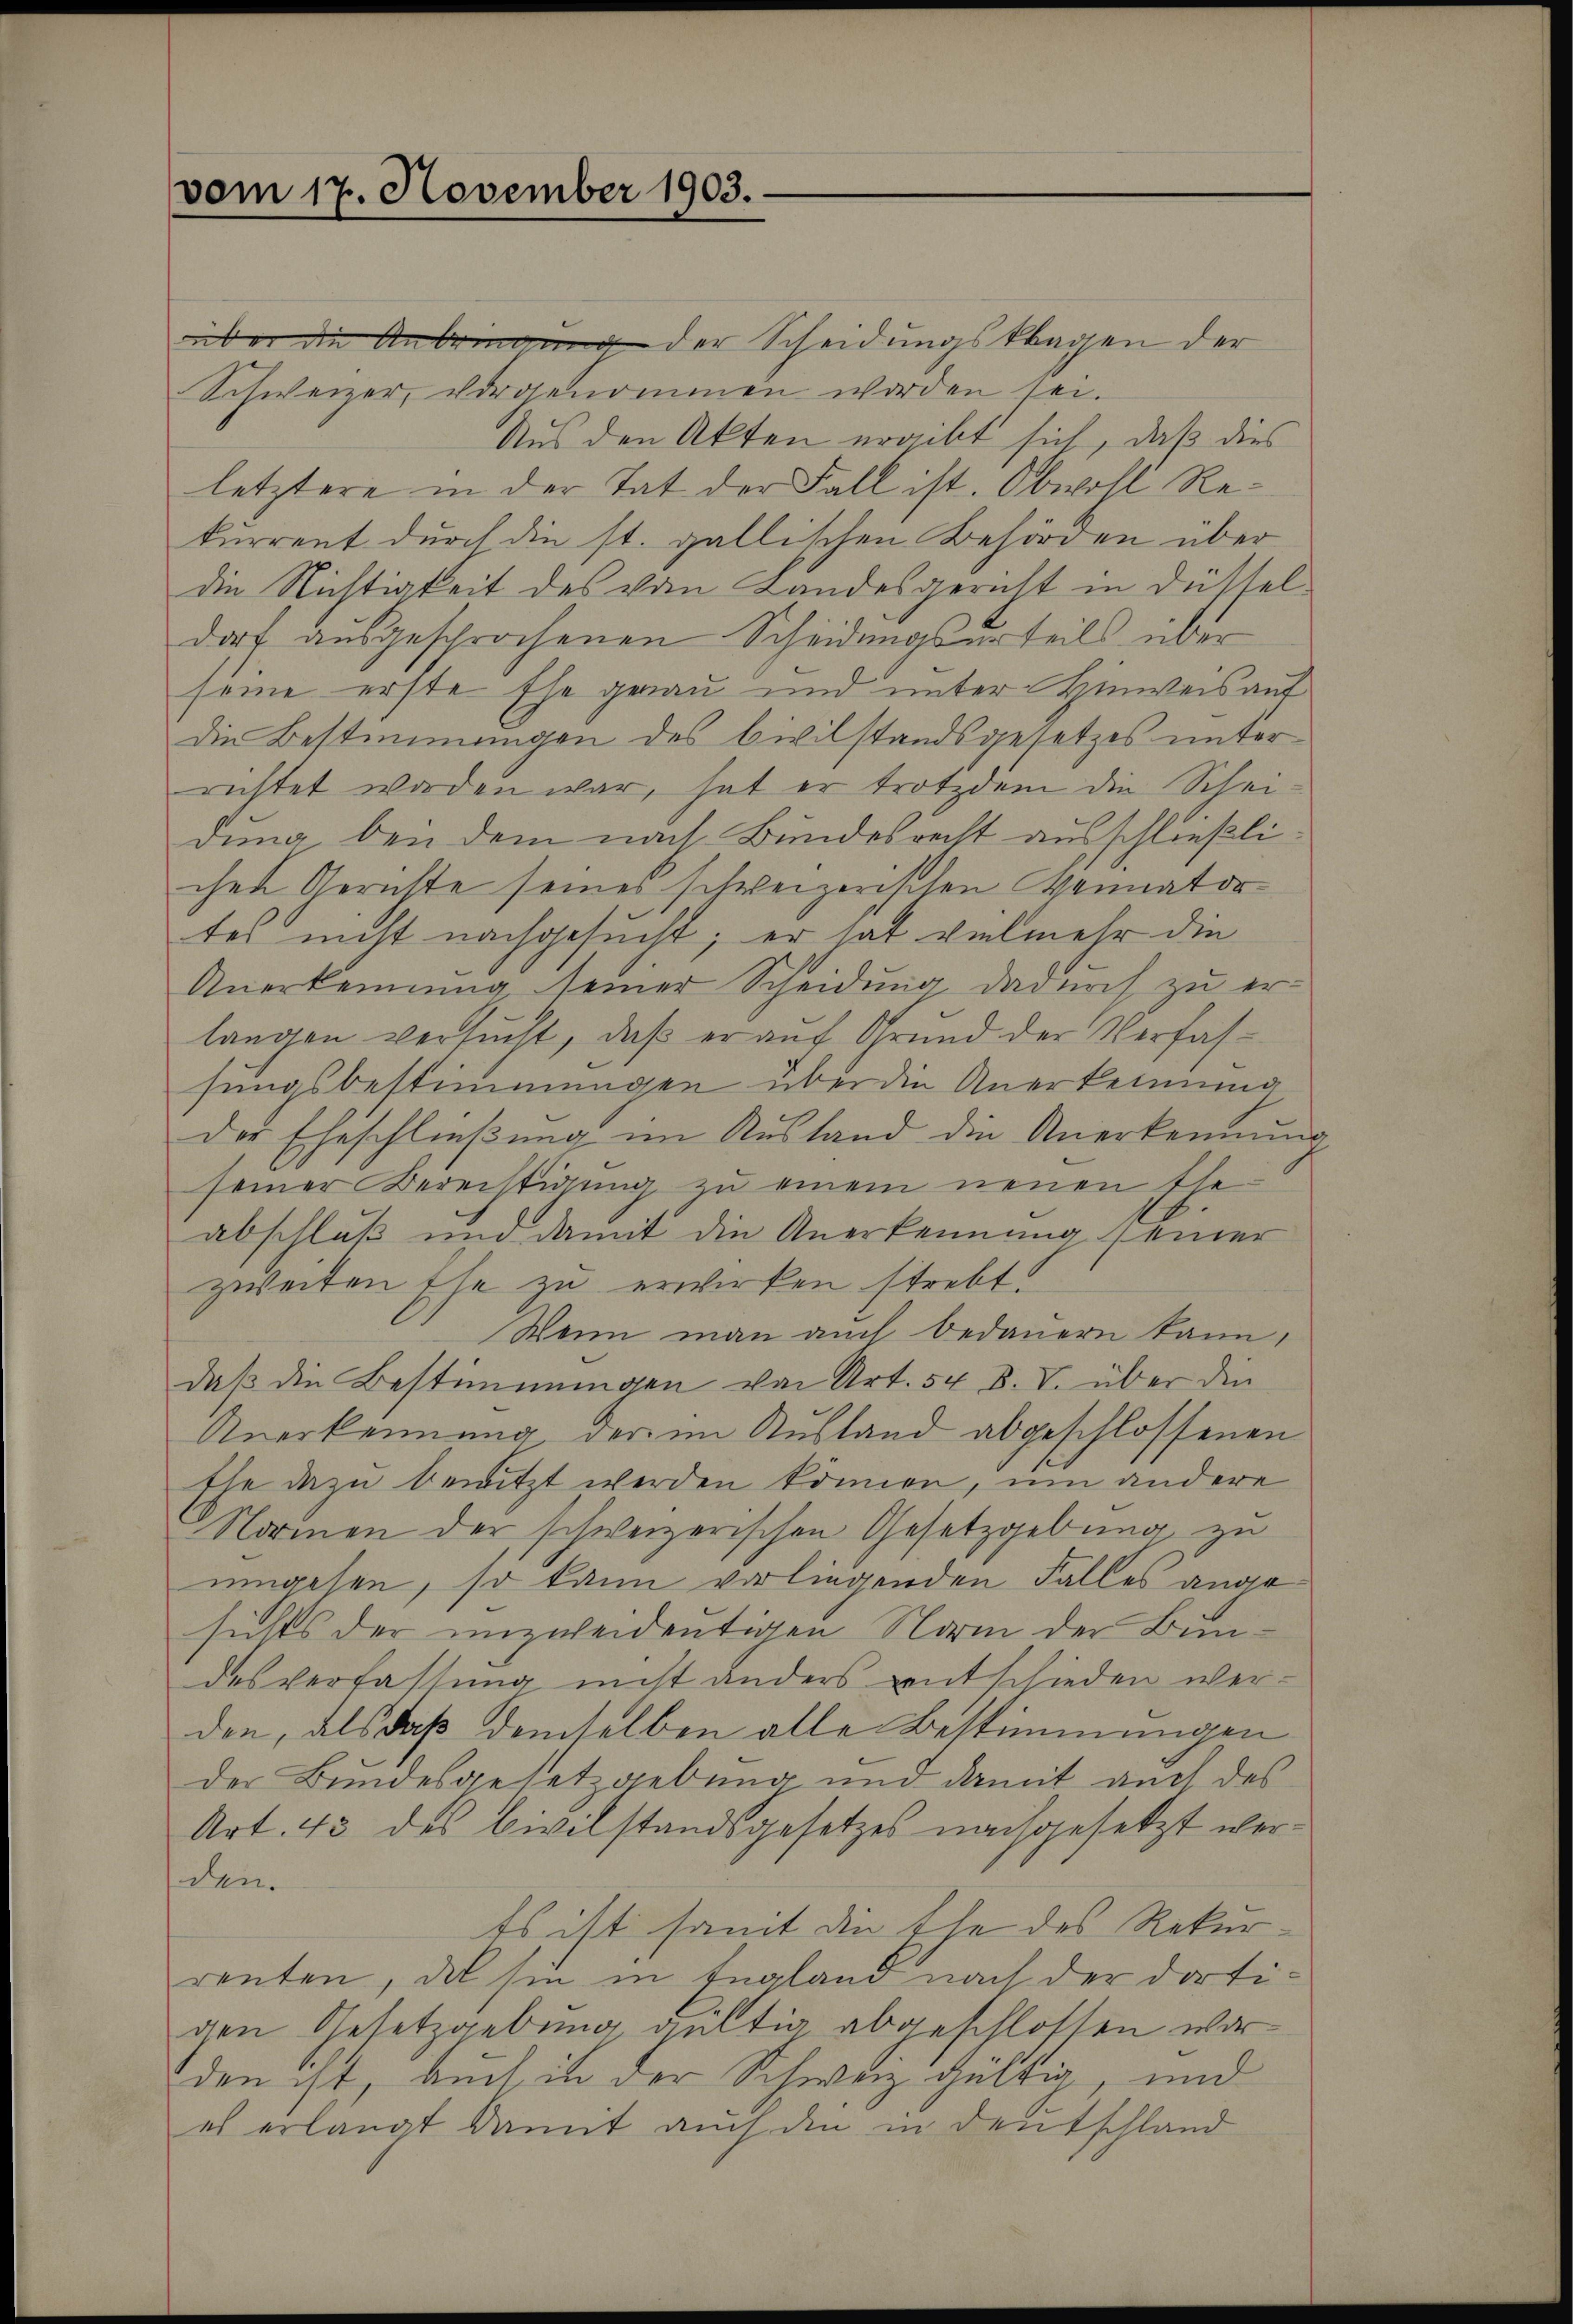
vom 17. November 1903.

über die Anbringung der Scheidungsklagen der
Schweizer, vorgenommen worden sei.
Aus den Akten ergibt sich, daß dies
letztere in der Tat der Fall ist. Obwohl Rekurrent durch die st. gallischen Behörden über
die Nichtigkeit des vom Landesgericht in Düsseldorf ausgesprochenen Scheidungsurteils über
some erste Ehe gerau und unter Hinweis auf
die Bestimmungen des Civilstandsgesetzes unter
richtet worden war, hat er trotzdem die Schei-
dung bei dem nach Bundesrecht ausschließlichen Gerichte seines schweizerischen Vermatortes nicht nachgesucht; er hat vielmehr die
Anerkennung seiner Scheidung, dadurch zu erlangen versucht, daß er auf Grund der Verfassungsbestimmungen über die Anerkennung
der Eheschließung im Ausland die Anerkennun
seiner Berechtigung zu einem neuen Ehe-
abschluß und damit die Anerkennung einer
zweiten Ehe zu erwirken strebt.
Wenn man auch bedauern kann,
daß die Bestimmungen von Art. 54 S. V. über die
Anerkennung der im Ausland abgeschlossenen
Ehe dazu benitzt werden können, um andere
Namen der schweizerischen Gesetzgebung zu
umgehen, so kann vorliegenden Falles angesichts der unzweideutigen Norm der Bundesverfassung nicht anders entschieden werden, als daß demselben alle Bestimmungen
der Bundesgesetzgebung und damit auch des
Art. 43 des Civilstandsgesetzes nachgesetzt werden.
Es ist somit die Ehe des Rekurrenten, da sie in England nach der dortigen Gesetzgebung gültig abgeschlossen worden ist, auch in der Schweiz gültig, und
es erlangt damit auch den in Deutschland